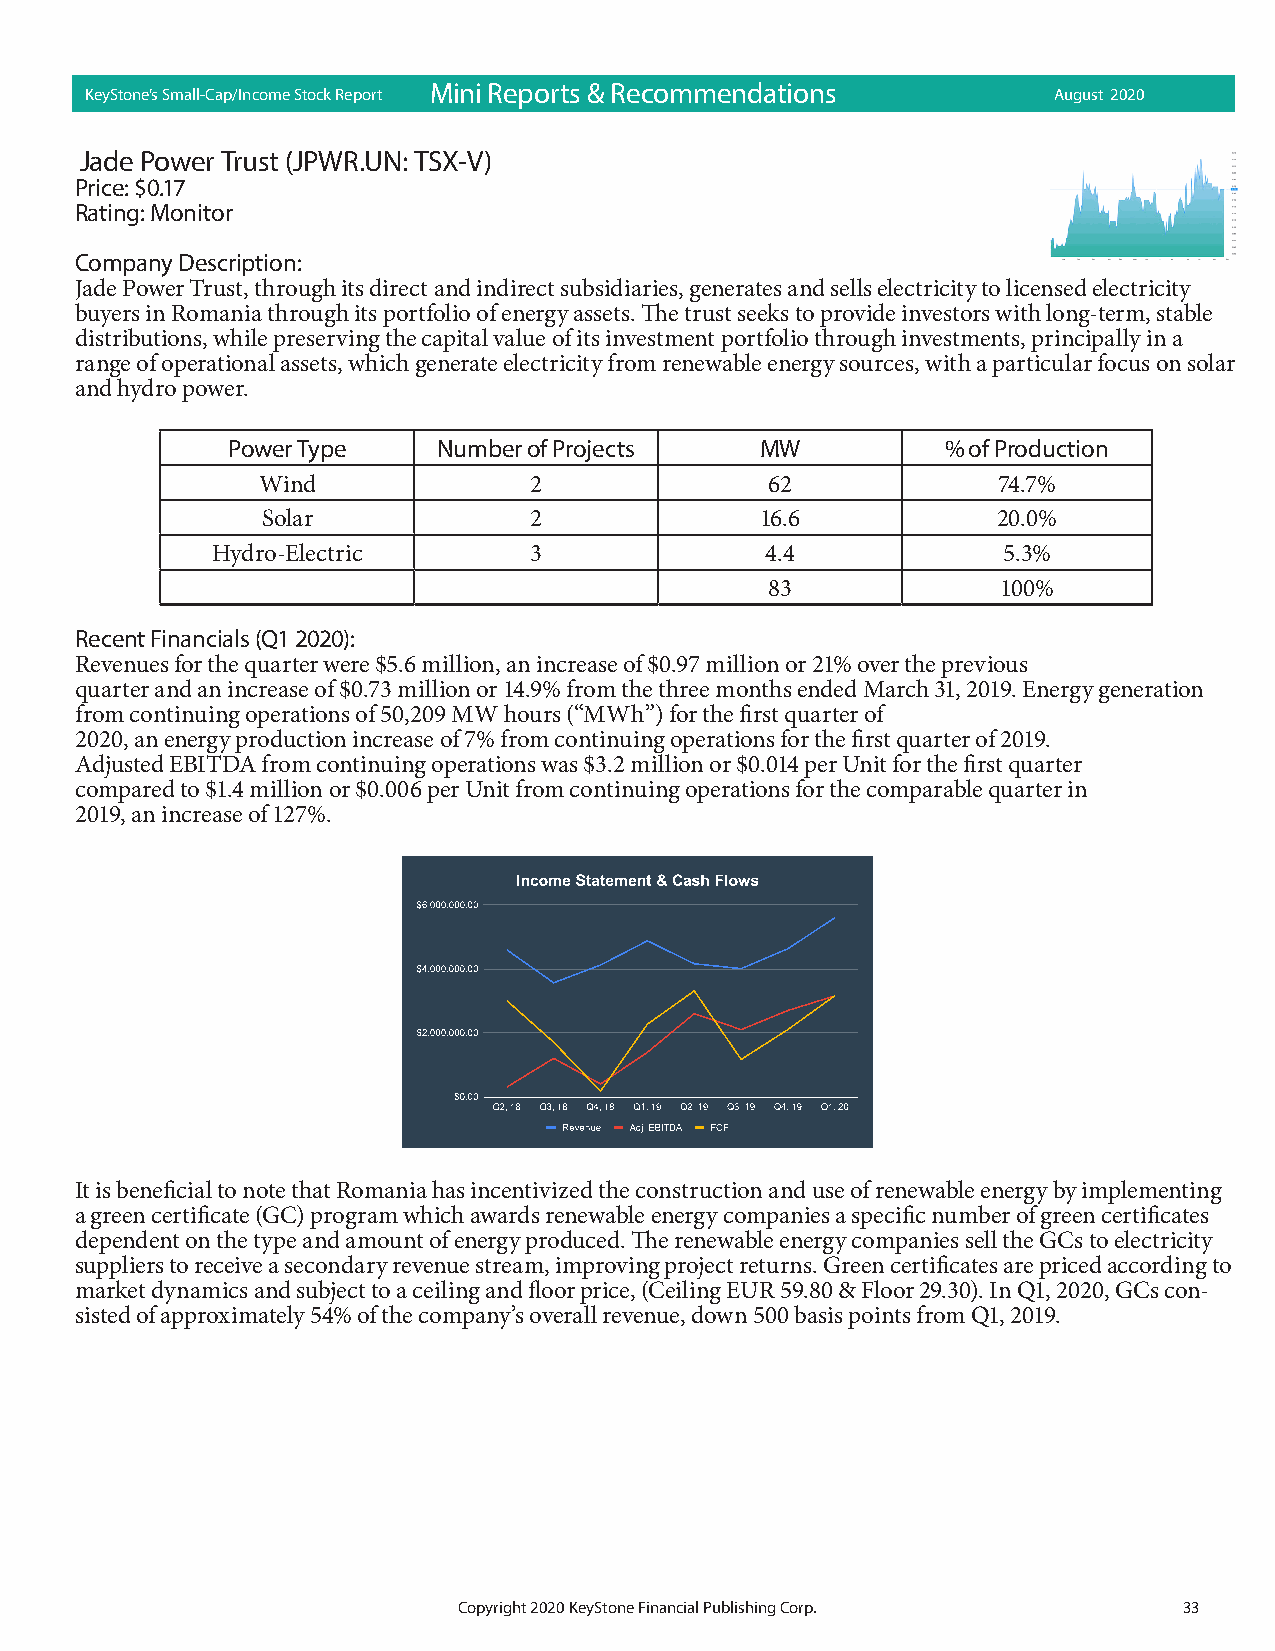
KeyStone’s Small-Cap/Income Stock Report Mi ni Rep orts & Recom mend ations August 2020
 Jade Power Trust (JPWR.UN: TSX-V)
 Price: $0.17
 Rating: Monitor
 Company Description:
 Jade Power Trust, through its direct and indirect subsidiaries, generates and sells electricity to licensed electricity
 buyers in Romania through its portfolio of energy assets. The trust seeks to provide investors with long-term, stable
 distributions, while preserving the capital value of its investment portfolio through investments, principally in a
 range of operational assets, which generate electricity from renewable energy sources, with a particular focus on solar
 and hydro power.
 Power Type    Number of Projects   MW           % of Production
 Wind              2               62             74.7%
 Solar             2              16.6            20.0%
 Hydro-Electric       3               4.4            5.3%
 83             100%
 Recent Financials (Q1 2020):
 Revenues for the quarter were $5.6 million, an increase of $0.97 million or 21% over the previous
 quarter and an increase of $0.73 million or 14.9% from the three months ended March 31, 2019. Energy generation
 from continuing operations of 50,209 MW hours (“MWh”) for the first quarter of
 2020, an energy production increase of 7% from continuing operations for the first quarter of 2019.
 Adjusted EBITDA from continuing operations was $3.2 million or $0.014 per Unit for the first quarter
 compared to $1.4 million or $0.006 per Unit from continuing operations for the comparable quarter in
 2019, an increase of 127%.
 It is beneficial to note that Romania has incentivized the construction and use of renewable energy by implementing
 a green certificate (GC) program which awards renewable energy companies a specific number of green certificates
 dependent on the type and amount of energy produced. The renewable energy companies sell the GCs to electricity
 suppliers to receive a secondary revenue stream, improving project returns. Green certificates are priced according to
 market dynamics and subject to a ceiling and floor price, (Ceiling EUR 59.80 & Floor 29.30). In Q1, 2020, GCs con-
 sisted of approximately 54% of the company’s overall revenue, down 500 basis points from Q1, 2019.
 Copyright 2020 KeyStone Financial Publishing Corp. 33